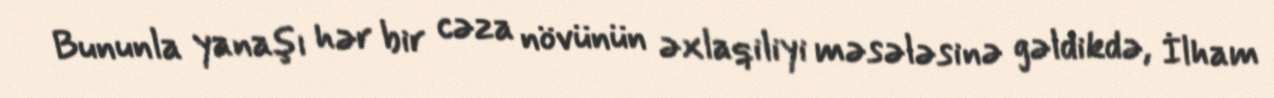
Bununla yanaşı hər bir cəza növünün əxlaqiliyi məsələsinə gəldikdə, İlham